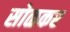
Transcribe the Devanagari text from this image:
सोळकर